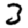
Digit: 2